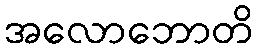
အလောဘောတိ